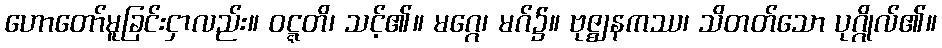
ဟောတော်မူခြင်းငှာလည်း။ ဝဋ္ဋတိ၊ သင့်၏။ မဂ္ဂေ၊ မဂ်၌။ ဗုဇ္ဈနကဿ၊ သိတတ်သော ပုဂ္ဂိုလ်၏။